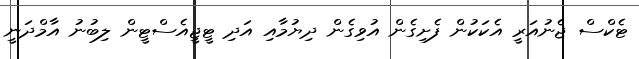
ޓެކްސް ޖެނުއަރީ އެކަކުން ފެށިގެން އުވިގެން ދިޔުމާއި އަދި ޓީޖީއެސްޓީން ލިބުނު އާމްދަނީ